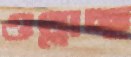
ওথ্‌লাচ্ছ